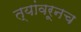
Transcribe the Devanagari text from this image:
त्यांवरूनच